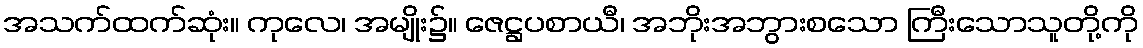
အသက်ထက်ဆုံး။ ကုလေ၊ အမျိုး၌။ ဇေဋ္ဌပစာယီ၊ အဘိုးအဘွားစသော ကြီးသောသူတို့ကို